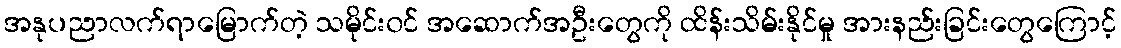
အနုပညာလက်ရာမြောက်တဲ့ သမိုင်း၀င် အဆောက်အဦးတွေကို ထိန်းသိမ်းနိုင်မှု အားနည်းခြင်းတွေကြောင့်